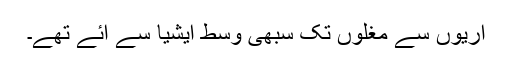
آریوں سے مغلوں تک سبھی وسط ایشیا سے آئے تھے۔